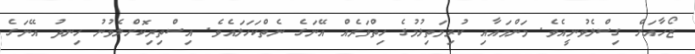
ޒޯހާއަށް ގިސްލެވުނީއެވެ. މަންމައާއި ކުރިމަތިލުމުގެ ހިތްވަރެއް އޭނަގެ ނެތްކަހަލައެވެ. އިސްތިރިކޮށްލެވުނު ހިނދު އޭނަގެ